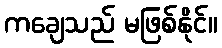
ကချေသည် မဖြစ်နိုင်။